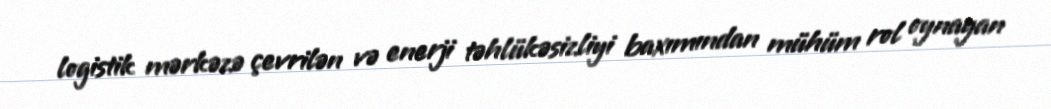
logistik mərkəzə çevrilən və enerji təhlükəsizliyi baxımından mühüm rol oynayan